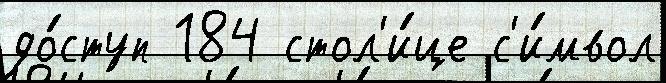
до́ступ 184 стол'и́це с'и́мвол